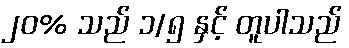
၂၀% သည် ၁/၅ နှင့် တူပါသည်